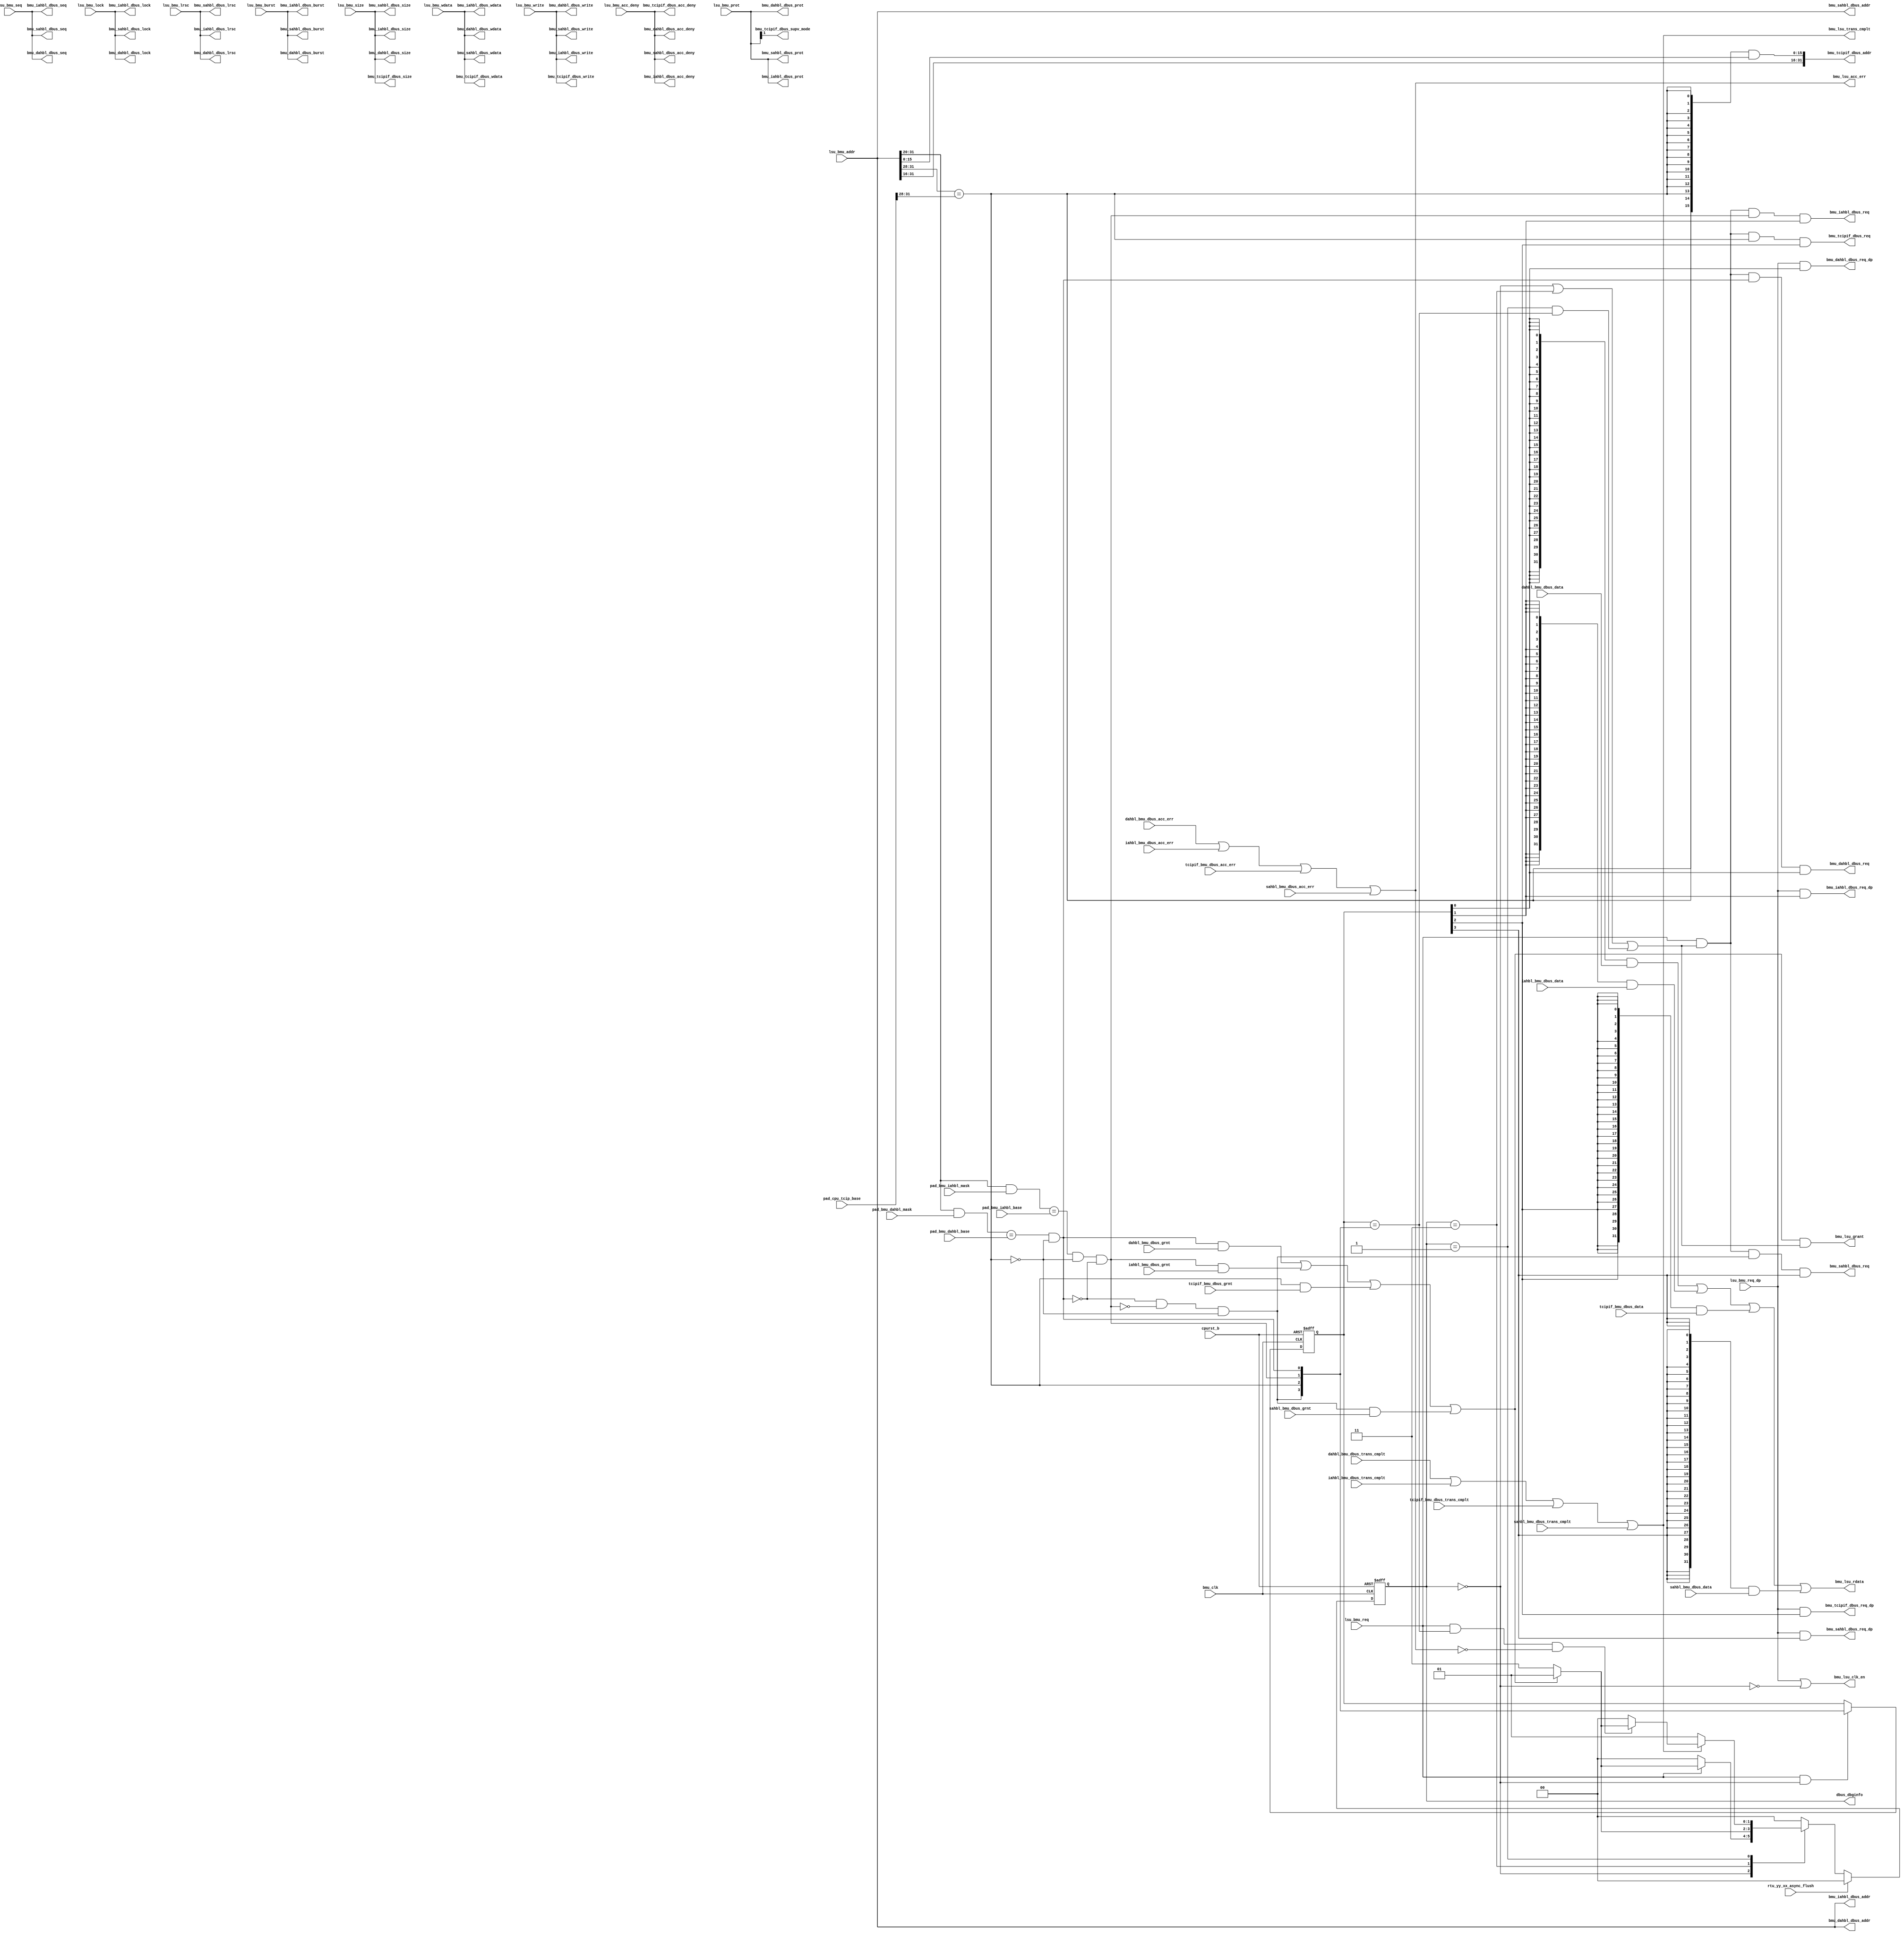
/*Copyright 2020-2021 T-Head Semiconductor Co., Ltd.

Licensed under the Apache License, Version 2.0 (the "License");
you may not use this file except in compliance with the License.
You may obtain a copy of the License at

    http://www.apache.org/licenses/LICENSE-2.0

Unless required by applicable law or agreed to in writing, software
distributed under the License is distributed on an "AS IS" BASIS,
WITHOUT WARRANTIES OR CONDITIONS OF ANY KIND, either express or implied.
See the License for the specific language governing permissions and
limitations under the License.
*/
module pa_bmu_dbus_if(
  bmu_clk,
  bmu_dahbl_dbus_acc_deny,
  bmu_dahbl_dbus_addr,
  bmu_dahbl_dbus_burst,
  bmu_dahbl_dbus_lock,
  bmu_dahbl_dbus_lrsc,
  bmu_dahbl_dbus_prot,
  bmu_dahbl_dbus_req,
  bmu_dahbl_dbus_req_dp,
  bmu_dahbl_dbus_seq,
  bmu_dahbl_dbus_size,
  bmu_dahbl_dbus_wdata,
  bmu_dahbl_dbus_write,
  bmu_iahbl_dbus_acc_deny,
  bmu_iahbl_dbus_addr,
  bmu_iahbl_dbus_burst,
  bmu_iahbl_dbus_lock,
  bmu_iahbl_dbus_lrsc,
  bmu_iahbl_dbus_prot,
  bmu_iahbl_dbus_req,
  bmu_iahbl_dbus_req_dp,
  bmu_iahbl_dbus_seq,
  bmu_iahbl_dbus_size,
  bmu_iahbl_dbus_wdata,
  bmu_iahbl_dbus_write,
  bmu_lsu_acc_err,
  bmu_lsu_clk_en,
  bmu_lsu_grant,
  bmu_lsu_rdata,
  bmu_lsu_trans_cmplt,
  bmu_sahbl_dbus_acc_deny,
  bmu_sahbl_dbus_addr,
  bmu_sahbl_dbus_burst,
  bmu_sahbl_dbus_lock,
  bmu_sahbl_dbus_lrsc,
  bmu_sahbl_dbus_prot,
  bmu_sahbl_dbus_req,
  bmu_sahbl_dbus_req_dp,
  bmu_sahbl_dbus_seq,
  bmu_sahbl_dbus_size,
  bmu_sahbl_dbus_wdata,
  bmu_sahbl_dbus_write,
  bmu_tcipif_dbus_acc_deny,
  bmu_tcipif_dbus_addr,
  bmu_tcipif_dbus_req,
  bmu_tcipif_dbus_req_dp,
  bmu_tcipif_dbus_size,
  bmu_tcipif_dbus_supv_mode,
  bmu_tcipif_dbus_wdata,
  bmu_tcipif_dbus_write,
  cpurst_b,
  dahbl_bmu_dbus_acc_err,
  dahbl_bmu_dbus_data,
  dahbl_bmu_dbus_grnt,
  dahbl_bmu_dbus_trans_cmplt,
  dbus_dbginfo,
  iahbl_bmu_dbus_acc_err,
  iahbl_bmu_dbus_data,
  iahbl_bmu_dbus_grnt,
  iahbl_bmu_dbus_trans_cmplt,
  lsu_bmu_acc_deny,
  lsu_bmu_addr,
  lsu_bmu_burst,
  lsu_bmu_lock,
  lsu_bmu_lrsc,
  lsu_bmu_prot,
  lsu_bmu_req,
  lsu_bmu_req_dp,
  lsu_bmu_seq,
  lsu_bmu_size,
  lsu_bmu_wdata,
  lsu_bmu_write,
  pad_bmu_dahbl_base,
  pad_bmu_dahbl_mask,
  pad_bmu_iahbl_base,
  pad_bmu_iahbl_mask,
  pad_cpu_tcip_base,
  rtu_yy_xx_async_flush,
  sahbl_bmu_dbus_acc_err,
  sahbl_bmu_dbus_data,
  sahbl_bmu_dbus_grnt,
  sahbl_bmu_dbus_trans_cmplt,
  tcipif_bmu_dbus_acc_err,
  tcipif_bmu_dbus_data,
  tcipif_bmu_dbus_grnt,
  tcipif_bmu_dbus_trans_cmplt
);

// &Ports; @22
input           bmu_clk;                    
input           cpurst_b;                   
input           dahbl_bmu_dbus_acc_err;     
input   [31:0]  dahbl_bmu_dbus_data;        
input           dahbl_bmu_dbus_grnt;        
input           dahbl_bmu_dbus_trans_cmplt; 
input           iahbl_bmu_dbus_acc_err;     
input   [31:0]  iahbl_bmu_dbus_data;        
input           iahbl_bmu_dbus_grnt;        
input           iahbl_bmu_dbus_trans_cmplt; 
input           lsu_bmu_acc_deny;           
input   [31:0]  lsu_bmu_addr;               
input   [2 :0]  lsu_bmu_burst;              
input           lsu_bmu_lock;               
input           lsu_bmu_lrsc;               
input   [3 :0]  lsu_bmu_prot;               
input           lsu_bmu_req;                
input           lsu_bmu_req_dp;             
input           lsu_bmu_seq;                
input   [1 :0]  lsu_bmu_size;               
input   [31:0]  lsu_bmu_wdata;              
input           lsu_bmu_write;              
input   [11:0]  pad_bmu_dahbl_base;         
input   [11:0]  pad_bmu_dahbl_mask;         
input   [11:0]  pad_bmu_iahbl_base;         
input   [11:0]  pad_bmu_iahbl_mask;         
input   [31:0]  pad_cpu_tcip_base;          
input           rtu_yy_xx_async_flush;      
input           sahbl_bmu_dbus_acc_err;     
input   [31:0]  sahbl_bmu_dbus_data;        
input           sahbl_bmu_dbus_grnt;        
input           sahbl_bmu_dbus_trans_cmplt; 
input           tcipif_bmu_dbus_acc_err;    
input   [31:0]  tcipif_bmu_dbus_data;       
input           tcipif_bmu_dbus_grnt;       
input           tcipif_bmu_dbus_trans_cmplt; 
output          bmu_dahbl_dbus_acc_deny;    
output  [31:0]  bmu_dahbl_dbus_addr;        
output  [2 :0]  bmu_dahbl_dbus_burst;       
output          bmu_dahbl_dbus_lock;        
output          bmu_dahbl_dbus_lrsc;        
output  [3 :0]  bmu_dahbl_dbus_prot;        
output          bmu_dahbl_dbus_req;         
output          bmu_dahbl_dbus_req_dp;      
output          bmu_dahbl_dbus_seq;         
output  [1 :0]  bmu_dahbl_dbus_size;        
output  [31:0]  bmu_dahbl_dbus_wdata;       
output          bmu_dahbl_dbus_write;       
output          bmu_iahbl_dbus_acc_deny;    
output  [31:0]  bmu_iahbl_dbus_addr;        
output  [2 :0]  bmu_iahbl_dbus_burst;       
output          bmu_iahbl_dbus_lock;        
output          bmu_iahbl_dbus_lrsc;        
output  [3 :0]  bmu_iahbl_dbus_prot;        
output          bmu_iahbl_dbus_req;         
output          bmu_iahbl_dbus_req_dp;      
output          bmu_iahbl_dbus_seq;         
output  [1 :0]  bmu_iahbl_dbus_size;        
output  [31:0]  bmu_iahbl_dbus_wdata;       
output          bmu_iahbl_dbus_write;       
output          bmu_lsu_acc_err;            
output          bmu_lsu_clk_en;             
output          bmu_lsu_grant;              
output  [31:0]  bmu_lsu_rdata;              
output          bmu_lsu_trans_cmplt;        
output          bmu_sahbl_dbus_acc_deny;    
output  [31:0]  bmu_sahbl_dbus_addr;        
output  [2 :0]  bmu_sahbl_dbus_burst;       
output          bmu_sahbl_dbus_lock;        
output          bmu_sahbl_dbus_lrsc;        
output  [3 :0]  bmu_sahbl_dbus_prot;        
output          bmu_sahbl_dbus_req;         
output          bmu_sahbl_dbus_req_dp;      
output          bmu_sahbl_dbus_seq;         
output  [1 :0]  bmu_sahbl_dbus_size;        
output  [31:0]  bmu_sahbl_dbus_wdata;       
output          bmu_sahbl_dbus_write;       
output          bmu_tcipif_dbus_acc_deny;   
output  [31:0]  bmu_tcipif_dbus_addr;       
output          bmu_tcipif_dbus_req;        
output          bmu_tcipif_dbus_req_dp;     
output  [1 :0]  bmu_tcipif_dbus_size;       
output          bmu_tcipif_dbus_supv_mode;  
output  [31:0]  bmu_tcipif_dbus_wdata;      
output          bmu_tcipif_dbus_write;      
output  [1 :0]  dbus_dbginfo;               

// &Regs; @23
reg     [1 :0]  bmu_cur_state;              
reg     [1 :0]  bmu_next_state;             
reg     [3 :0]  bus_sel_f;                  

// &Wires; @24
wire            bmu_clk;                    
wire            bmu_dahbl_dbus_acc_deny;    
wire    [31:0]  bmu_dahbl_dbus_addr;        
wire    [2 :0]  bmu_dahbl_dbus_burst;       
wire            bmu_dahbl_dbus_lock;        
wire            bmu_dahbl_dbus_lrsc;        
wire    [3 :0]  bmu_dahbl_dbus_prot;        
wire            bmu_dahbl_dbus_req;         
wire            bmu_dahbl_dbus_req_dp;      
wire            bmu_dahbl_dbus_seq;         
wire    [1 :0]  bmu_dahbl_dbus_size;        
wire    [31:0]  bmu_dahbl_dbus_wdata;       
wire            bmu_dahbl_dbus_write;       
wire            bmu_iahbl_dbus_acc_deny;    
wire    [31:0]  bmu_iahbl_dbus_addr;        
wire    [2 :0]  bmu_iahbl_dbus_burst;       
wire            bmu_iahbl_dbus_lock;        
wire            bmu_iahbl_dbus_lrsc;        
wire    [3 :0]  bmu_iahbl_dbus_prot;        
wire            bmu_iahbl_dbus_req;         
wire            bmu_iahbl_dbus_req_dp;      
wire            bmu_iahbl_dbus_seq;         
wire    [1 :0]  bmu_iahbl_dbus_size;        
wire    [31:0]  bmu_iahbl_dbus_wdata;       
wire            bmu_iahbl_dbus_write;       
wire            bmu_lsu_acc_err;            
wire            bmu_lsu_clk_en;             
wire            bmu_lsu_grant;              
wire    [31:0]  bmu_lsu_rdata;              
wire            bmu_lsu_trans_cmplt;        
wire            bmu_req_vld;                
wire            bmu_sahbl_dbus_acc_deny;    
wire    [31:0]  bmu_sahbl_dbus_addr;        
wire    [2 :0]  bmu_sahbl_dbus_burst;       
wire            bmu_sahbl_dbus_lock;        
wire            bmu_sahbl_dbus_lrsc;        
wire    [3 :0]  bmu_sahbl_dbus_prot;        
wire            bmu_sahbl_dbus_req;         
wire            bmu_sahbl_dbus_req_dp;      
wire            bmu_sahbl_dbus_seq;         
wire    [1 :0]  bmu_sahbl_dbus_size;        
wire    [31:0]  bmu_sahbl_dbus_wdata;       
wire            bmu_sahbl_dbus_write;       
wire            bmu_tcipif_dbus_acc_deny;   
wire    [31:0]  bmu_tcipif_dbus_addr;       
wire            bmu_tcipif_dbus_req;        
wire            bmu_tcipif_dbus_req_dp;     
wire    [1 :0]  bmu_tcipif_dbus_size;       
wire            bmu_tcipif_dbus_supv_mode;  
wire    [31:0]  bmu_tcipif_dbus_wdata;      
wire            bmu_tcipif_dbus_write;      
wire    [3 :0]  bus_sel;                    
wire            bus_sel_same;               
wire            cpurst_b;                   
wire            dahbl_bmu_dbus_acc_err;     
wire    [31:0]  dahbl_bmu_dbus_data;        
wire            dahbl_bmu_dbus_grnt;        
wire            dahbl_bmu_dbus_trans_cmplt; 
wire            dahbl_hit;                  
wire            dahbl_sel_pred;             
wire            dbus_acc_err;               
wire            dbus_cmplt;                 
wire    [1 :0]  dbus_dbginfo;               
wire            dbus_grant;                 
wire            iahbl_bmu_dbus_acc_err;     
wire    [31:0]  iahbl_bmu_dbus_data;        
wire            iahbl_bmu_dbus_grnt;        
wire            iahbl_bmu_dbus_trans_cmplt; 
wire            iahbl_hit;                  
wire            iahbl_sel_pred;             
wire            lsu_bmu_acc_deny;           
wire    [31:0]  lsu_bmu_addr;               
wire    [2 :0]  lsu_bmu_burst;              
wire            lsu_bmu_lock;               
wire            lsu_bmu_lrsc;               
wire    [3 :0]  lsu_bmu_prot;               
wire            lsu_bmu_req;                
wire            lsu_bmu_req_dp;             
wire            lsu_bmu_seq;                
wire    [1 :0]  lsu_bmu_size;               
wire    [31:0]  lsu_bmu_wdata;              
wire            lsu_bmu_write;              
wire            new_req_en;                 
wire    [11:0]  pad_bmu_dahbl_base;         
wire    [11:0]  pad_bmu_dahbl_mask;         
wire    [11:0]  pad_bmu_iahbl_base;         
wire    [11:0]  pad_bmu_iahbl_mask;         
wire    [31:0]  pad_cpu_tcip_base;          
wire            req_en;                     
wire            rtu_yy_xx_async_flush;      
wire            sahbl_bmu_dbus_acc_err;     
wire    [31:0]  sahbl_bmu_dbus_data;        
wire            sahbl_bmu_dbus_grnt;        
wire            sahbl_bmu_dbus_trans_cmplt; 
wire            sahbl_hit;                  
wire            sahbl_sel_pred;             
wire            tcip_sel_pred;              
wire    [15:0]  tcipif_addr_low;            
wire            tcipif_bmu_dbus_acc_err;    
wire    [31:0]  tcipif_bmu_dbus_data;       
wire            tcipif_bmu_dbus_grnt;       
wire            tcipif_bmu_dbus_trans_cmplt; 
wire            tcipif_hit;                 


//==========================================================
//     request direction checking
//==========================================================
assign iahbl_hit = ((lsu_bmu_addr[31:20] & pad_bmu_iahbl_mask[11:0]) == pad_bmu_iahbl_base[11:0]) 
                 & ~tcipif_hit & ~dahbl_hit;

assign dahbl_hit = ((lsu_bmu_addr[31:20] & pad_bmu_dahbl_mask[11:0]) == pad_bmu_dahbl_base[11:0])
                 & ~tcipif_hit;

// &Force("input", "pad_cpu_tcip_base"); @44
// &Force("bus","pad_cpu_tcip_base",31,0); @45
assign tcipif_hit = (lsu_bmu_addr[31:28] == pad_cpu_tcip_base[31:28]);

assign sahbl_hit = ~dahbl_hit & ~iahbl_hit & ~tcipif_hit;

assign bus_sel[3:0] = {sahbl_hit,tcipif_hit,iahbl_hit,dahbl_hit};

//==========================================================
//      FSM
//==========================================================
parameter REQ  = 2'b00;
parameter WFG  = 2'b11;
parameter WFD  = 2'b01;

always @(posedge bmu_clk or negedge cpurst_b)
begin
  if(!cpurst_b)
    bmu_cur_state[1:0] <= REQ;
  else if (rtu_yy_xx_async_flush)
    bmu_cur_state[1:0] <= REQ;
  else
    bmu_cur_state[1:0] <= bmu_next_state[1:0];
end

assign bmu_req_vld = lsu_bmu_req;

// &CombBeg; @74
always @( dbus_grant
       or dbus_cmplt
       or dbus_acc_err
       or bmu_cur_state[1:0]
       or bus_sel_same
       or bmu_req_vld)
begin
  case(bmu_cur_state[1:0])
    REQ: begin
      if (bmu_req_vld)
        bmu_next_state[1:0] = dbus_grant ? WFD : WFG;
      else
        bmu_next_state[1:0] = REQ;
    end
    WFG:begin
      if (dbus_grant)
        bmu_next_state[1:0] = WFD;
      else
        bmu_next_state[1:0] = WFG;
    end
    WFD: begin
      if (dbus_cmplt)begin
        if (bmu_req_vld & bus_sel_same & !dbus_acc_err)
          bmu_next_state[1:0] = dbus_grant ? WFD : WFG;
        else
          bmu_next_state[1:0] = REQ;
      end
      else
        bmu_next_state[1:0] = WFD;
    end
    default: bmu_next_state[1:0] = REQ;
  endcase
// &CombEnd; @100
end

assign req_en = (bmu_cur_state[1:0] == REQ) | 
                (bmu_cur_state[1:0] == WFG) |
                (bmu_cur_state[1:0] == WFD) & bus_sel_same; 

assign new_req_en = (bmu_cur_state[1:0] == REQ);

always @(posedge bmu_clk or negedge cpurst_b)
begin
  if(!cpurst_b)
    bus_sel_f[3:0] <= 4'b0;
  else if (bmu_req_vld & new_req_en)
    bus_sel_f[3:0] <= bus_sel[3:0];
end

assign bus_sel_same = (bus_sel_f[3:0] == bus_sel[3:0]);

assign sahbl_sel_pred = bus_sel_f[3];
assign dahbl_sel_pred = bus_sel_f[0];
assign iahbl_sel_pred = bus_sel_f[1];
assign tcip_sel_pred  = bus_sel_f[2];

//==========================================================
//   interface
//==========================================================
//input 
assign dbus_grant   = dahbl_hit & dahbl_bmu_dbus_grnt  |
                      iahbl_hit & iahbl_bmu_dbus_grnt  |
                      tcipif_hit & tcipif_bmu_dbus_grnt |
                      sahbl_hit & sahbl_bmu_dbus_grnt;
assign dbus_cmplt   = dahbl_bmu_dbus_trans_cmplt  |
                      iahbl_bmu_dbus_trans_cmplt  |
                      tcipif_bmu_dbus_trans_cmplt |
                      sahbl_bmu_dbus_trans_cmplt;
assign dbus_acc_err = dahbl_bmu_dbus_acc_err  |
                      iahbl_bmu_dbus_acc_err  |
                      tcipif_bmu_dbus_acc_err |
                      sahbl_bmu_dbus_acc_err;

assign bmu_lsu_grant       = dbus_grant & req_en;
assign bmu_lsu_trans_cmplt = dbus_cmplt;
assign bmu_lsu_acc_err     = dbus_acc_err;
assign bmu_lsu_rdata[31:0] = ({32{bus_sel_f[0]}} & dahbl_bmu_dbus_data[31:0])  |
                             ({32{bus_sel_f[1]}} & iahbl_bmu_dbus_data[31:0])  |
                             ({32{bus_sel_f[2]}} & tcipif_bmu_dbus_data[31:0]) |
                             ({32{bus_sel_f[3]}} & sahbl_bmu_dbus_data[31:0]);

//--------------------------------------
//output
//--------------------------------------
//iahbl
assign bmu_iahbl_dbus_req         = lsu_bmu_req & req_en & iahbl_hit & iahbl_sel_pred;
assign bmu_iahbl_dbus_req_dp      = lsu_bmu_req_dp & iahbl_sel_pred;
assign bmu_iahbl_dbus_addr[31:0]  = lsu_bmu_addr[31:0];
assign bmu_iahbl_dbus_acc_deny    = lsu_bmu_acc_deny;
assign bmu_iahbl_dbus_write       = lsu_bmu_write;
assign bmu_iahbl_dbus_size[1:0]   = lsu_bmu_size[1:0];
assign bmu_iahbl_dbus_prot[3:0]   = lsu_bmu_prot[3:0]; 
assign bmu_iahbl_dbus_wdata[31:0] = lsu_bmu_wdata[31:0];
assign bmu_iahbl_dbus_lock        = lsu_bmu_lock;
assign bmu_iahbl_dbus_lrsc        = lsu_bmu_lrsc;
assign bmu_iahbl_dbus_seq         = lsu_bmu_seq;
assign bmu_iahbl_dbus_burst[2:0]  = lsu_bmu_burst[2:0];

//dahbl
assign bmu_dahbl_dbus_req         = lsu_bmu_req & req_en & dahbl_hit & dahbl_sel_pred;
assign bmu_dahbl_dbus_req_dp      = lsu_bmu_req_dp & dahbl_sel_pred;
assign bmu_dahbl_dbus_addr[31:0]  = lsu_bmu_addr[31:0];
assign bmu_dahbl_dbus_acc_deny    = lsu_bmu_acc_deny;
assign bmu_dahbl_dbus_write       = lsu_bmu_write;
assign bmu_dahbl_dbus_size[1:0]   = lsu_bmu_size[1:0];
assign bmu_dahbl_dbus_prot[3:0]   = lsu_bmu_prot[3:0]; 
assign bmu_dahbl_dbus_wdata[31:0] = lsu_bmu_wdata[31:0];
assign bmu_dahbl_dbus_lock        = lsu_bmu_lock;
assign bmu_dahbl_dbus_lrsc        = lsu_bmu_lrsc;
assign bmu_dahbl_dbus_seq         = lsu_bmu_seq;
assign bmu_dahbl_dbus_burst[2:0]  = lsu_bmu_burst[2:0];

//tcipif
assign bmu_tcipif_dbus_req         = lsu_bmu_req & req_en & tcipif_hit & tcip_sel_pred;
assign bmu_tcipif_dbus_req_dp      = lsu_bmu_req_dp & tcip_sel_pred;
assign bmu_tcipif_dbus_acc_deny    = lsu_bmu_acc_deny;
assign bmu_tcipif_dbus_write       = lsu_bmu_write;
assign bmu_tcipif_dbus_size[1:0]   = lsu_bmu_size[1:0];
assign bmu_tcipif_dbus_supv_mode   = lsu_bmu_prot[1];
assign bmu_tcipif_dbus_wdata[31:0] = lsu_bmu_wdata[31:0];
assign bmu_tcipif_dbus_addr[31:0]  = {lsu_bmu_addr[31:16], tcipif_addr_low[15:0]};
assign tcipif_addr_low[15:0]       = {16{tcipif_hit}} & lsu_bmu_addr[15:0];

//sahbl
assign bmu_sahbl_dbus_req         = lsu_bmu_req & req_en & sahbl_hit & sahbl_sel_pred;
assign bmu_sahbl_dbus_req_dp      = lsu_bmu_req_dp & sahbl_sel_pred;
assign bmu_sahbl_dbus_addr[31:0]  = lsu_bmu_addr[31:0];
assign bmu_sahbl_dbus_acc_deny    = lsu_bmu_acc_deny;
assign bmu_sahbl_dbus_write       = lsu_bmu_write;
assign bmu_sahbl_dbus_size[1:0]   = lsu_bmu_size[1:0];
assign bmu_sahbl_dbus_prot[3:0]   = lsu_bmu_prot[3:0]; 
assign bmu_sahbl_dbus_wdata[31:0] = lsu_bmu_wdata[31:0];
assign bmu_sahbl_dbus_lock        = lsu_bmu_lock;
assign bmu_sahbl_dbus_lrsc        = lsu_bmu_lrsc;
assign bmu_sahbl_dbus_seq         = lsu_bmu_seq;
assign bmu_sahbl_dbus_burst[2:0]  = lsu_bmu_burst[2:0];

assign bmu_lsu_clk_en = lsu_bmu_req_dp |
                       ~(bmu_cur_state[1:0] == REQ);

assign dbus_dbginfo[1:0] = bmu_cur_state[1:0];

// &ModuleEnd; @237
endmodule